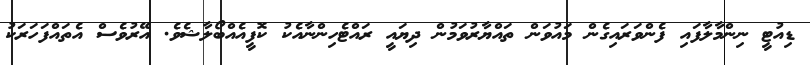
ޑިއުޓީ ނިންމާލާފައި ފެންވަރައިގެން މައުވަން ތައްޔާރުވަމުން ދިޔައީ ރައްޓެހިންނާއެކު ކޮފީއެއްބޯލާޝެވެ. އޭރުވެސް އެތައްފަހަރަކު